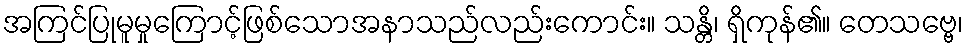
အကြင်ပြုမူမှုကြောင့်ဖြစ်သောအနာသည်လည်းကောင်း။ သန္တိ၊ ရှိကုန်၏။ တေသဗ္ဗေ၊